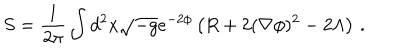
LaTeX: S = \frac { 1 } { 2 \pi } \int d ^ { 2 } x \sqrt { - g } e ^ { - 2 \phi } \left( R + 2 ( \nabla \phi ) ^ { 2 } - 2 \Lambda \right) \, .